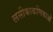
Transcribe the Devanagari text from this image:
लसीकाकणिकाओं